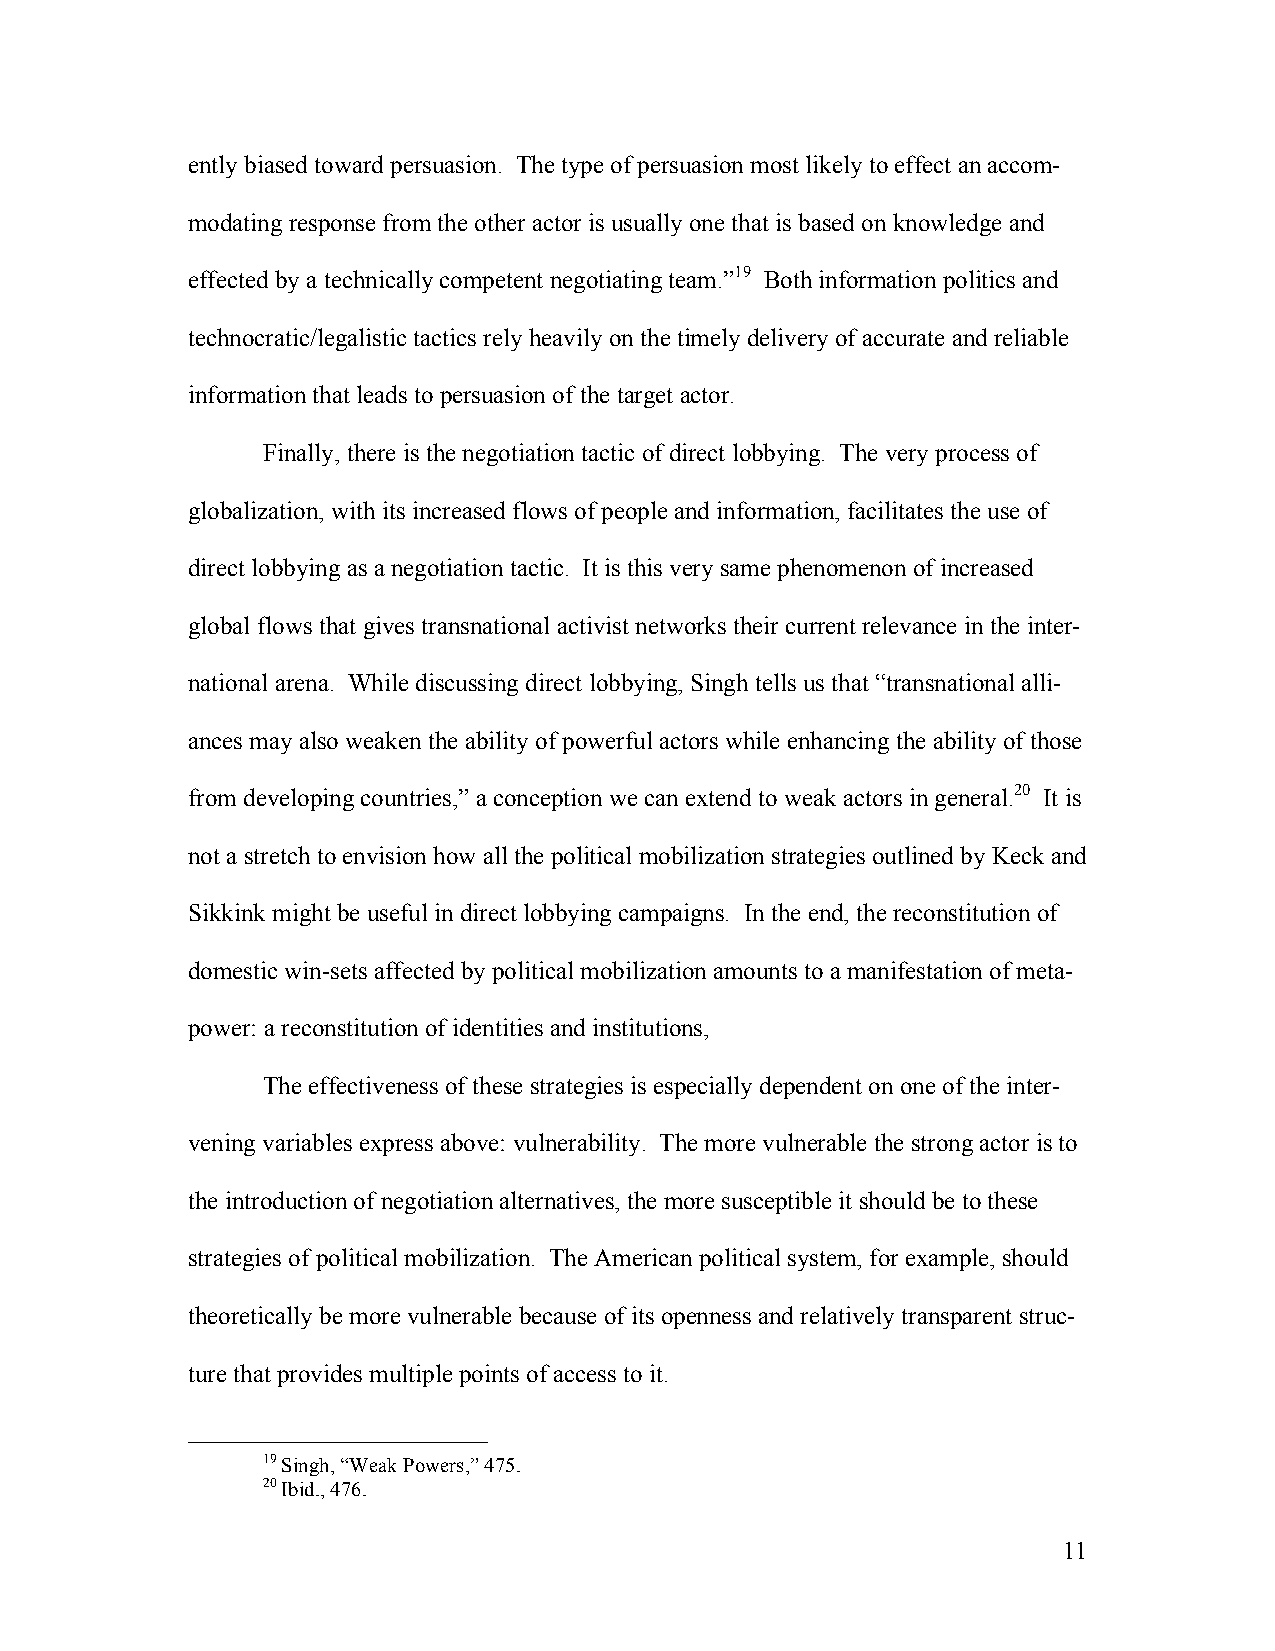
ently biased toward persuasion. The type of persuasion most likely to effect an accom-
 modating response from the other actor is usually one that is based on knowledge and
 effected by a technically competent negotiating team.”19 Both information politics and
 technocratic/legalistic tactics rely heavily on the timely delivery of accurate and reliable
 information that leads to persuasion of the target actor.
 Finally, there is the negotiation tactic of direct lobbying. The very process of
 globalization, with its increased flows of people and information, facilitates the use of
 direct lobbying as a negotiation tactic. It is this very same phenomenon of increased
 global flows that gives transnational activist networks their current relevance in the inter-
 national arena. While discussing direct lobbying, Singh tells us that “transnational alli-
 ances may also weaken the ability of powerful actors while enhancing the ability of those
 from developing countries,” a conception we can extend to weak actors in general.20 It is
 not a stretch to envision how all the political mobilization strategies outlined by Keck and
 Sikkink might be useful in direct lobbying campaigns. In the end, the reconstitution of
 domestic win-sets affected by political mobilization amounts to a manifestation of meta-
 power: a reconstitution of identities and institutions,
 The effectiveness of these strategies is especially dependent on one of the inter-
 vening variables express above: vulnerability. The more vulnerable the strong actor is to
 the introduction of negotiation alternatives, the more susceptible it should be to these
 strategies of political mobilization. The American political system, for example, should
 theoretically be more vulnerable because of its openness and relatively transparent struc-
 ture that provides multiple points of access to it.
 19 Singh, “Weak Powers,” 475.
 20 Ibid., 476.
 11